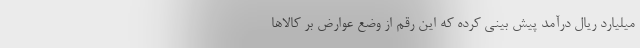
میلیارد ریال درآمد پیش بینی کرده که این رقم از وضع عوارض بر کالاها